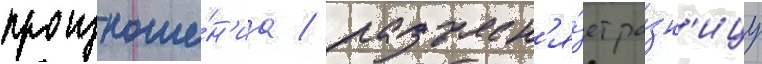
произноше́н'иа / разъясн'я́ет ра́зн'ицу